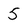
Character: 5